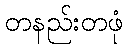
တနည်းတဖုံ